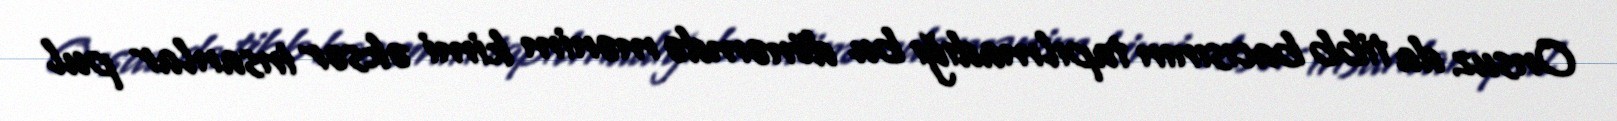
Onsuz da tibb bacısının tapılmadığı bu dönəmdə mənim kimi əksər insanlar pul